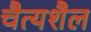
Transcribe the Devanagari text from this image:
चैत्यशैल